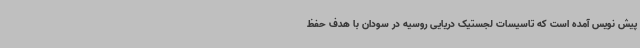
پیش نویس آمده است که تاسیسات لجستیک دریایی روسیه در سودان با هدف حفظ